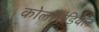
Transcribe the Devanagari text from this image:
कोलॉएडियल